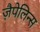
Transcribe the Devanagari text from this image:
ज़ैपेलिन्स